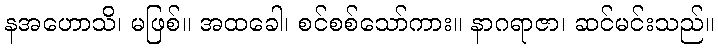
နအဟောသိ၊ မဖြစ်။ အထခေါ၊ စင်စစ်သော်ကား။ နာဂရာဇာ၊ ဆင်မင်းသည်။